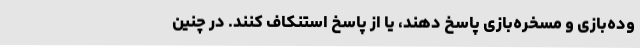
وده‌بازی و مسخره‌بازی پاسخ دهند، یا از پاسخ استنکاف کنند. در چنین